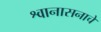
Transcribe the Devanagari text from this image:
श्वानासनाचे